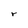
Character: r